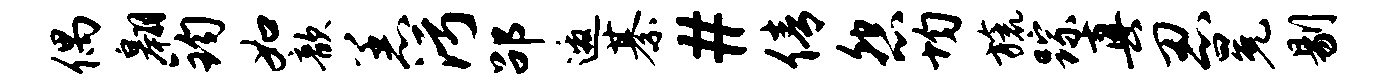
偶翱钧如歆恙污劭邀綦#倩怨均旒踪真忍冕剔